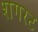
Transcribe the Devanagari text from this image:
शगरट